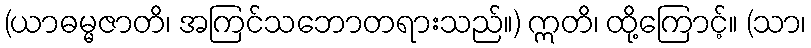
(ယာဓမ္မဇာတိ၊ အကြင်သဘောတရားသည်။) ဣတိ၊ ထို့ကြောင့်။ (သာ၊